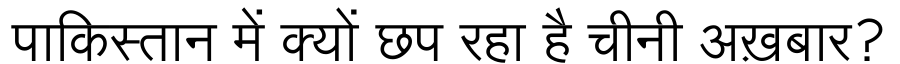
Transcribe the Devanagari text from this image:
पाकिस्तान में क्यों छप रहा है चीनी अख़बार?